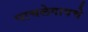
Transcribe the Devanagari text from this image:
पाचलेगावचे